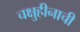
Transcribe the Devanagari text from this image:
चक्षुहीनाची